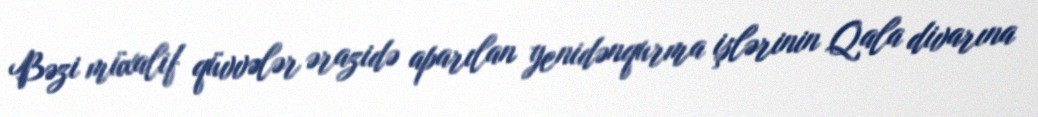
Bəzi müxalif qüvvələr ərazidə aparılan yenidənqurma işlərinin Qala divarına